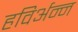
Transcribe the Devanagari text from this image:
हविर्अन्न